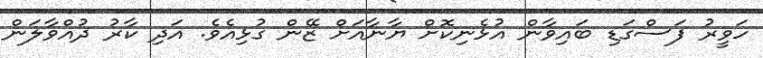
ހަވީރު ފަސްގަޑި ބައިވާން އުޅެނިކޮށް ޔާނާއަށް ޒޭން ގުޅިއެވެ. އަދި ކާރު ދުއްވާލަން